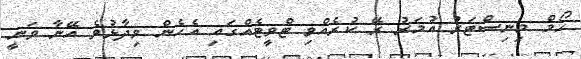
ހޯމް މިނިސްޓަރު އުމަރު ރޭ ކުރެއްވި ޓްވީޓެއްގައި އެހެން ވިދާޅުވެ އޭނާ ވަނީ